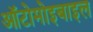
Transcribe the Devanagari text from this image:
ऑटोमोइबाइल